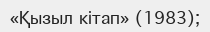
«Қызыл кітап» (1983);